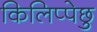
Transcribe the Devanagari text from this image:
किलिप्पेछु